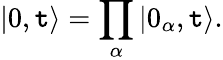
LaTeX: \vert0,\mathtt{t}\rangle=\prod_{\alpha}\vert0_{\alpha},\mathtt{t}\rangle.